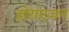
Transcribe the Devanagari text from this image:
होराएज़न